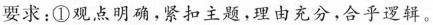
要求：①观点明确，紧扣主题，理由充分，合乎逻辑。